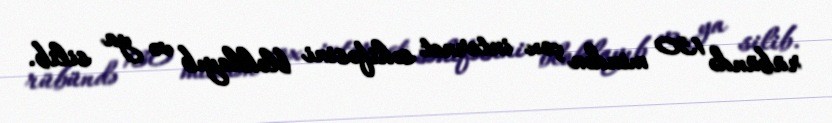
rübündə 130 mindən çox internet səhifəsini bloklayıb və ya silib.